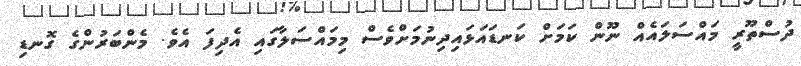
ދުސްތޫރީ މައްސަލައެއް ނޫން ކަމަށް ކަނޑައަޅައިދިނުމަށްވެސް މިމައްސަލާގައި އެދިފަ އެވެ. މެންބަރުންގެ ގޮނޑި